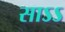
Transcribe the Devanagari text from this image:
साऽऽ